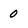
Character: 0